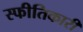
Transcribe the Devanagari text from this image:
स्फीतिकारी